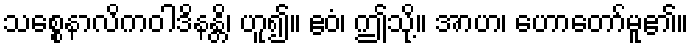
သစ္စေနာလိကဝါဒိနန္တိ၊ ဟူ၍။ ဧဝံ၊ ဤသို့။ အာဟ၊ ဟောတော်မူ၏။